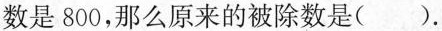
数是800，那么原来的被除数是().